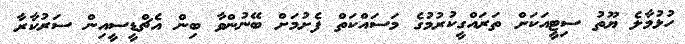
ހުޅުމާލެ ޔޫތު ސިޓީއަކަށް ތަރައްގީކުރުމުގެ މަސައްކަތް ފެށުމަށް ބޭނުންވާ ބިން އެޗްޑީސީއިން ސަރުކާރާ